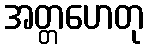
အတ္တဟေတု